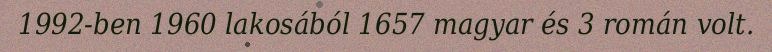
1992-ben 1960 lakosából 1657 magyar és 3 román volt.